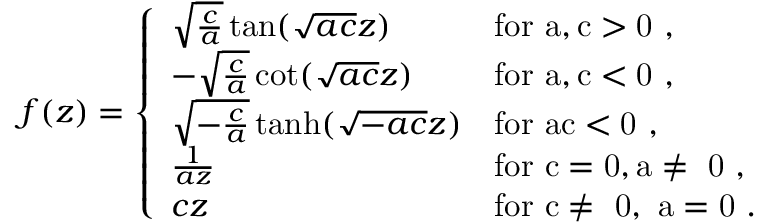
f ( z ) = \left\{ \begin{array} { l l } { \sqrt { \frac { c } { a } } \tan ( \sqrt { a c } z ) } & { \mathrm { f o r ~ a , c > 0 ~ , } } \\ { - \sqrt { \frac { c } { a } } \cot ( \sqrt { a c } z ) } & { \mathrm { f o r ~ a , c < 0 ~ , } } \\ { \sqrt { - \frac { c } { a } } \operatorname { t a n h } ( \sqrt { - a c } z ) } & { \mathrm { f o r ~ a c < 0 ~ , } } \\ { \frac { 1 } { a z } } & { \mathrm { f o r ~ c = 0 , a \neq ~ 0 ~ , } } \\ { c z } & { \mathrm { f o r ~ c \neq ~ 0 , ~ a = 0 ~ } . } \end{array} \right.